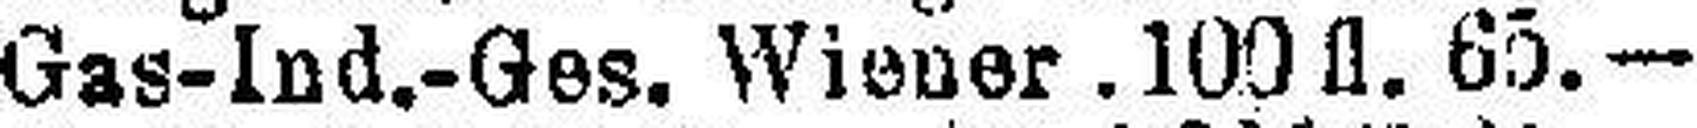
Gas-Ind.-Ges. Wiener. 100 fl. 65.—